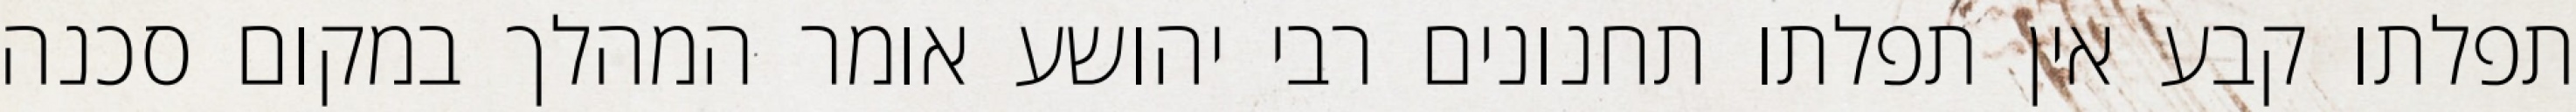
תפלתו קבע אין תפלתו תחנונים רבי יהושע אומר המהלך במקום סכנה